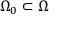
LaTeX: \Omega _ { 0 } \subset \Omega